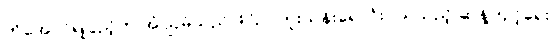
ကိုအောင်ရဲပြည့်က အံဩမိသည် 4720 ကူးသန်းရောင်းဝယ်သည့် ဆန့်ကျင့်ရေး